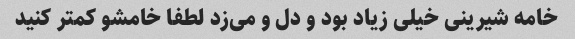
خامه شیرینی خیلی زیاد بود و دل و می‌زد لطفا خامشو کمتر کنید